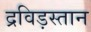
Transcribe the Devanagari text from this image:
द्रविड़स्तान